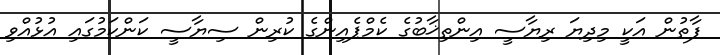
ފާތުން އަކީ މިދިޔަ ރިޔާސީ އިންތިޚާބުގެ ކެމްޕެއިންގެ ކުރިން ސިޔާސީ ކަންކަމުގައި އުޅުއްވި